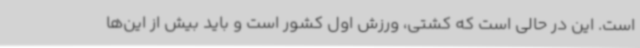
است. این در حالی است که کشتی، ورزش اول کشور است و باید بیش از این‌ها